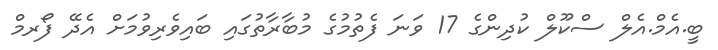
ބީ.އެމް.އެލް ސްކޫލް ކުދިންގެ 17 ވަނަ ފެތުމުގެ މުބާރާތުގައި ބައިވެރިވުމަށް އެދޭ ފޯރމް